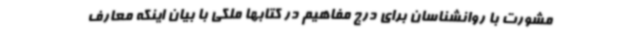
مشورت با روانشناسان برای درج مفاهیم در کتابها ملکی با بیان اینکه معارف